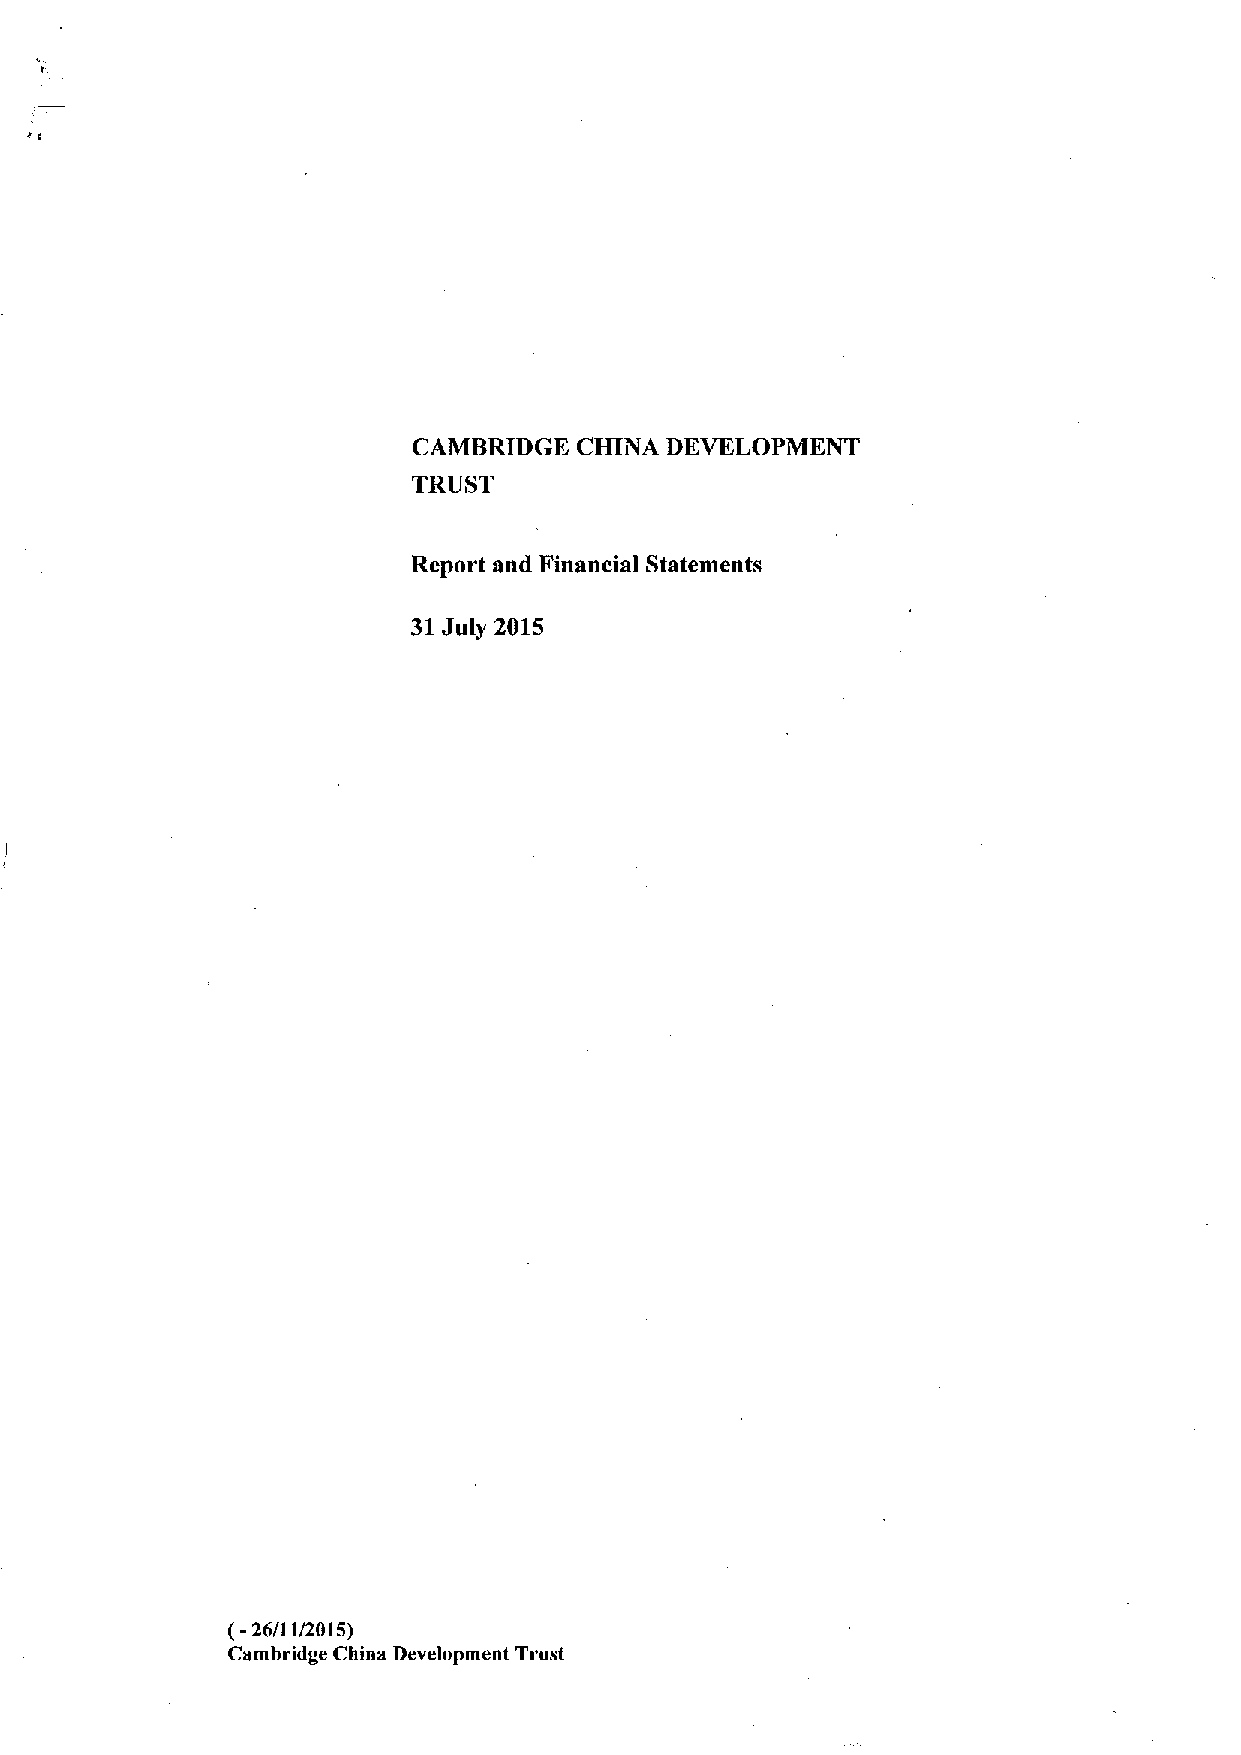
CAMBRIDGE  CHINA DEVELOPMENT
 TRUST
 Report and Financial Statements
 31July 2015
 (-26/1 1/2015)
 Cambridge China Development Trust